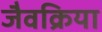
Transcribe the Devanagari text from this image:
जैवक्रिया